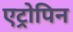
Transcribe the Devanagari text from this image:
एट्रोपिन